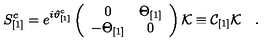
S _ { [ 1 ] } ^ { c } = e ^ { i \vartheta _ { [ 1 ] } ^ { c } } \left( \begin{array} { c c } { 0 } & { \Theta _ { [ 1 ] } } \\ { - \Theta _ { [ 1 ] } } & { 0 } \\ \end{array} \right) { \cal K } \equiv { \cal C } _ { [ 1 ] } { \cal K } \quad .